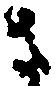
さ